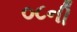
૦૮ની